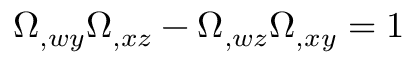
\Omega _ { , w y } \Omega _ { , x z } - \Omega _ { , w z } \Omega _ { , x y } = 1